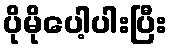
ပိုမိုပေါ့ပါးပြီး